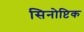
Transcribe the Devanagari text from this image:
सिनोप्टिक